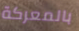
بالمعركة